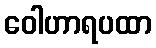
ဝေါဟာရပထာ